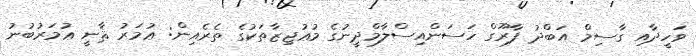
ވަހީދާއި ގާސިމް އަބްދު ފާރޫގް ހަސަންއިސްލާމްދީނުގެ މުޢުޖިޒާތަކުގެ ތެރެއިން: ޢުމަރު ޘާާނީ ޢުމަރުބުނު